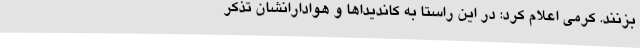
بزنند. کرمی اعلام کرد: در این راستا به کاندیداها و هوادارانشان تذکر